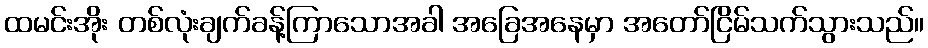
ထမင်းအိုး တစ်လုံးချက်ခန့်ကြာသောအခါ အခြေအနေမှာ အတော်ငြိမ်သက်သွားသည်။